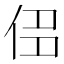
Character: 𠈎